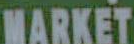
MARKET